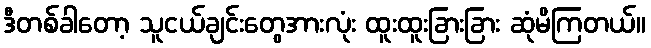
ဒီတစ်ခါတော့ သူငယ်ချင်းတွေအားလုံး ထူးထူးခြားခြား ဆုံမိကြတယ်။